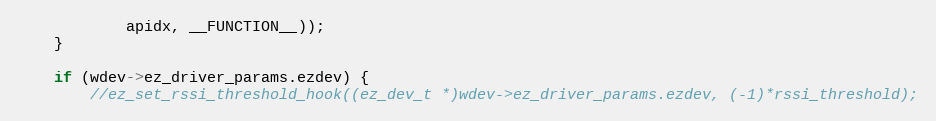
Language: C
			apidx, __FUNCTION__));
	}

	if (wdev->ez_driver_params.ezdev) {
		//ez_set_rssi_threshold_hook((ez_dev_t *)wdev->ez_driver_params.ezdev, (-1)*rssi_threshold);